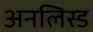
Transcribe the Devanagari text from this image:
अनलिस्ड